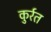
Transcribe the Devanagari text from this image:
कुर्रत